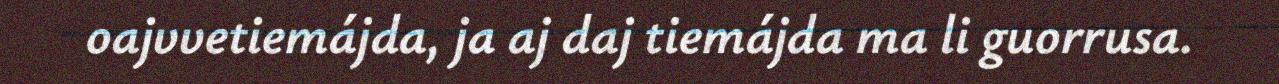
oajvvetiemájda, ja aj daj tiemájda ma li guorrusa.